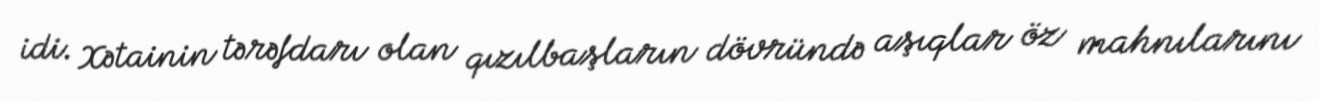
idi. Xətainin tərəfdarı olan qızılbaşların dövründə aşıqlar öz mahnılarını